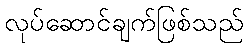
လုပ်ဆောင်ချက်ဖြစ်သည်